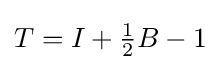
T=I+{\tfrac {1}{2}}B-1